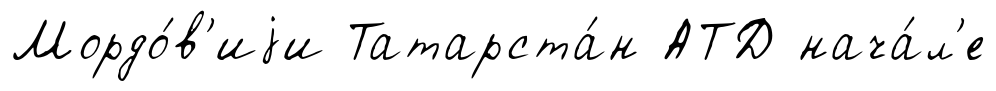
Мордо́в'иjи Татарста́н АТД нача́л'е